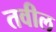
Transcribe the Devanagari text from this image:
तवील